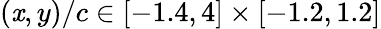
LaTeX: (\mathit{x},y)/c\in[-1.4,4]\times[-1.2,1.2]